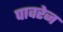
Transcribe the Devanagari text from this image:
पावरेज